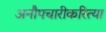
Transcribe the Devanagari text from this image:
अनौपचारीकरित्या